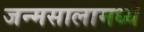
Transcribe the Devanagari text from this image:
जन्मसालामध्ये